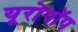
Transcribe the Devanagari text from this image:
यूरोपॉप